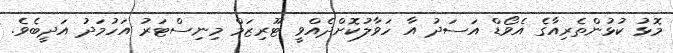
މޮޅު ކުޅުންތެރިއާގެ އެވޯޑް އަސަދު އާ ހަވާލުކޮށްދެއްވީ ޓޫރިޒަމް މިނިސްޓަރު އަހުމަދު އަދީބެވެ.